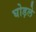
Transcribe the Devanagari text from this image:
घोड़ले